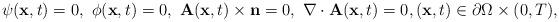
LaTeX: \begin{align*}{\displaystyle \psi(\mathbf{x},t)=0,\,\,\phi(\mathbf{x},t)=0,\,\, \mathbf{A}(\mathbf{x},t)\times\mathbf{n}=0, \,\, \nabla \cdot \mathbf{A}(\mathbf{x},t) = 0, (\mathbf{x},t)\in\partial \Omega\times(0,T),}\end{align*}